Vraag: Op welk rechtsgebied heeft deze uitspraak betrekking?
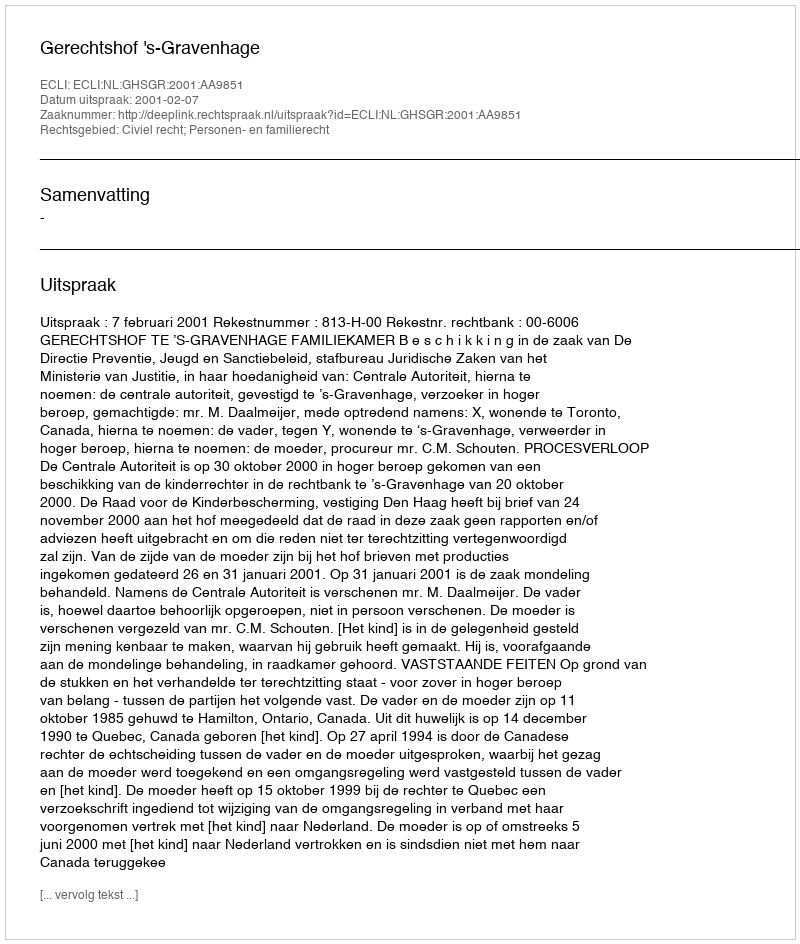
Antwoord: Civiel recht; Personen- en familierecht